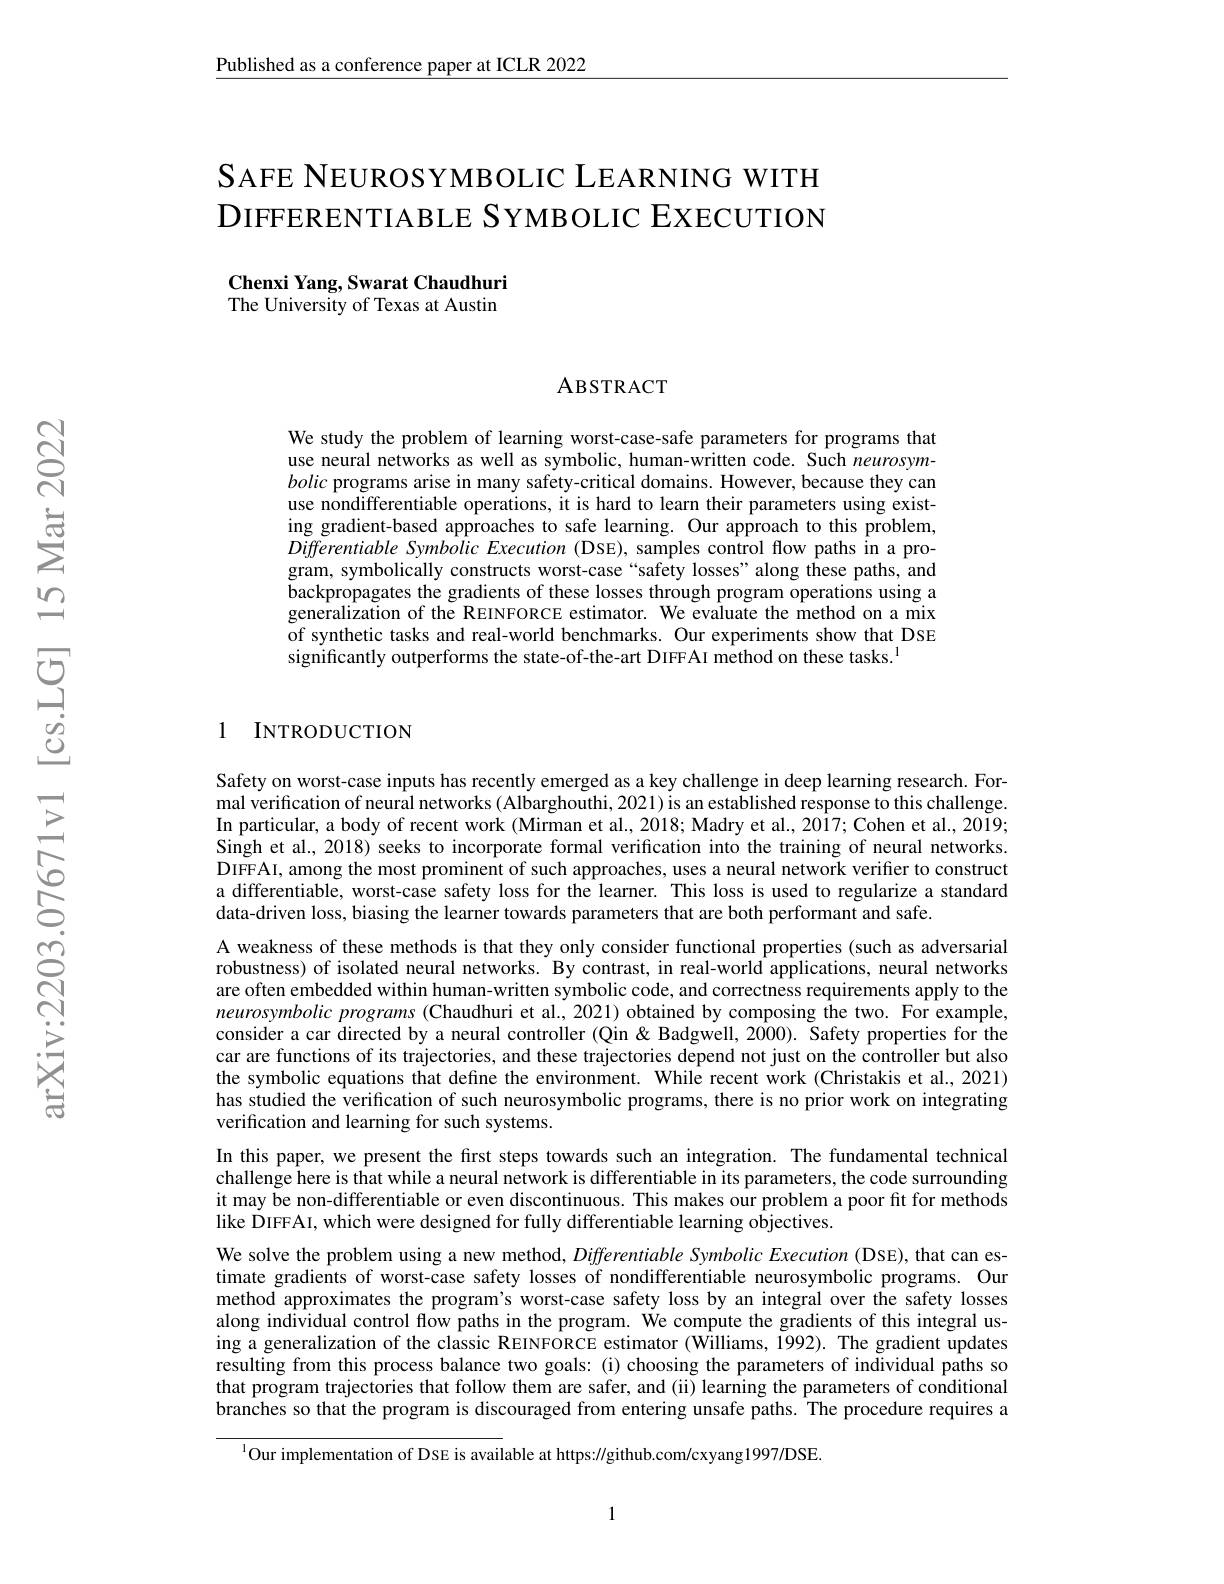
Published as a conference paper at ICLR 2022

SАFE NEUROSYMBOLIC LEARNING WITH DIFFERENTIABLE SYMBOLIC EXECUTION

Chenxi Yang, Swarat Chaudhuri The University of Texas at Austin

### ABSTRACT

We study the problem of learning worst-case-safe parameters for programs that use neural networks as well as symbolic, human-written code. Such neurosymbolic programs arise in many safety-critical domains. However, because they can use nondifferentiable operations, it is hard to learn their parameters using existing gradient-based approaches to safe learning. Our approach to this problem, Differentiable Symbolic Execution (DSE), samples control flow paths in a program, symbolically constructs worst-case “safety losses”along these paths, and backpropagates the gradients of these losses through program operations using a generalization of the REINFORCE estimator. We evaluate the method on a mix of synthetic tasks and real-world benchmarks. Our experiments show that DSE significantly outperforms the state-of-the-art DIFFAI method on these tasks.$^{\mathrm{l}}$

1 INTRODUCTION

Safety on worst-case inputs has recently emerged as a key challenge in deep learning research. For- $\hat{\text{mal verification of neural networks }}(\tilde{\text{Albarghouthi,2021)is an established response to this challenge.}}$ In particular, a body of recent work (Mirman et al., 2018; Madry et al., 2017; Cohen et al., 2019; Singh et al., 2018) seeks to incorporate formal verification into the training of neural networks. DIFFAI, among the most prominent of such approaches, uses a neural network verifier to construct a differentiable, worst-case safety loss for the learner. This loss is used to regularize a standard data-driven loss, biasing the learner towards parameters that are both performant and safe.
A weakness of these methods is that they only consider functional properties (such as adversarial robustness) of isolated neural networks. By contrast, in real-world applications, neural networks are often embedded within human-written symbolic code, and correctness requirements apply to the neurosymbolic programs (Chaudhuri et al., 2021) obtained by composing the two. For example, consider a car directed by a neural controller (Qin& Badgwell, 2000). Safety properties for the car are functions of its trajectories, and these trajectories depend not just on the controller but also the symbolic equations that define the environment. While recent work (Christakis et al., 2021) has studied the verification of such neurosymbolic programs, there is no prior work on integrating verification and learning for such systems.
In this paper, we present the first steps towards such an integration. The fundamental technical challenge here is that while a neural network is differentiable in its parameters, the code surrounding it may be non-differentiable or even discontinuous. This makes our problem a poor fit for methods like DIFFAI, which were designed for fully differentiable learning objectives.
We solve the problem using a new method, Differentiable Symbolic Execution (DSE), that can estimate gradients of worst-case safety losses of nondifferentiable neurosymbolic programs. Our method approximates the program's worst-case safety loss by an integral over the safety losses along individual control flow paths in the program. We compute the gradients of this integral using a generalization of the classic REINFORCE estimator (Williams, 1992). The gradient updates resulting from this process balance two goals: (i) choosing the parameters of individual paths so that program trajectories that follow them are safer, and (ii) learning the parameters of conditional branches so that the program is discouraged from entering unsafe paths. The procedure requires a
$^{1}$Our implementation of DSE is available at https://github.com/cxyang1997/DSE.

1